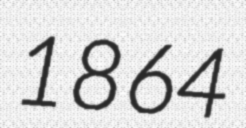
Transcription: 1864